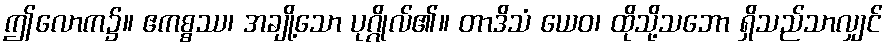
ဤလောက၌။ ဧကစ္စဿ၊ အချို့သော ပုဂ္ဂိုလ်၏။ တာဒိသံ ယေဝ၊ ထိုသို့သဘော ရှိသည်သာလျှင်